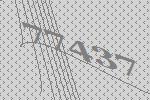
77437